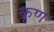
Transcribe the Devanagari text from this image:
कृण